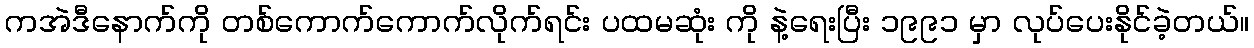
ကအဲဒီနောက်ကို တစ်ကောက်ကောက်လိုက်ရင်း ပထမဆုံး ကို နဲ့ရေးပြီး ၁၉၉၁ မှာ လုပ်ပေးနိုင်ခဲ့တယ်။